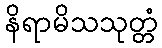
နိရာမိသသုတ္တံ